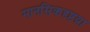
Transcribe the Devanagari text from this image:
मानसिकदृष्टय़ा